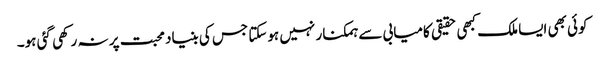
کوئی بھی ایسا ملک کبھی حقیقی کامیابی سے ہمکنار نہیں ہوسکتا جس کی بنیاد محبت پر نہ رکھی گئی ہو۔